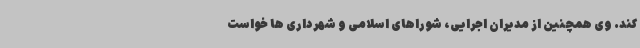
کند. وی همچنین از مدیران اجرایی، شوراهای اسلامی و شهرداری ها خواست